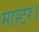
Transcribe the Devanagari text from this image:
मास्‍टर।